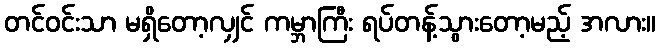
တင်ဝင်းသာ မရှိတော့လျှင် ကမ္ဘာကြီး ရပ်တန့်သွားတော့မည့် အလား။